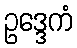
ဥဒ္ဒေကံ